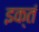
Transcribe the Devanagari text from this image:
इक्तं